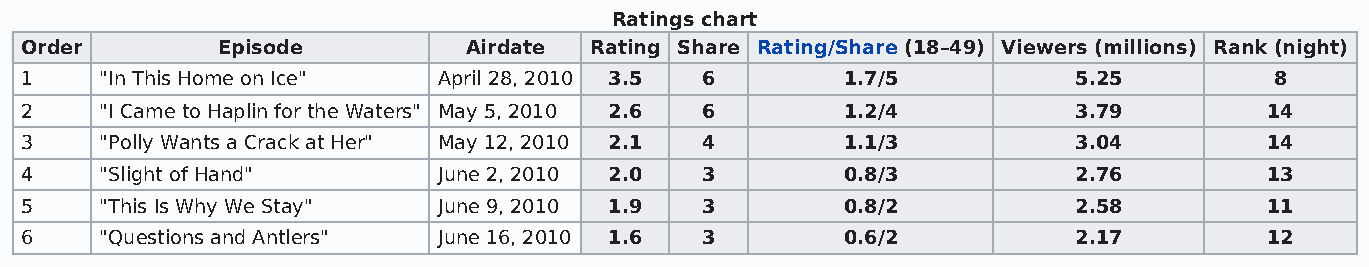
Ratings chart
 Order        Episode          Airdate Rating Share Rating/Share (18–49) Viewers (millions) Rank (night)
 1     "In This Home on Ice" April 28, 2010 3.5 6       1.7/5          5.25         8
 2     "I Came to Haplin for the Waters" May 5, 2010 2.6 6 1.2/4       3.79         14
 3     "Polly Wants a Crack at Her" May 12, 2010 2.1 4  1.1/3          3.04         14
 4     "Slight of Hand"      June 2, 2010 2.0 3         0.8/3          2.76         13
 5     "This Is Why We Stay" June 9, 2010 1.9 3         0.8/2          2.58         11
 6     "Questions and Antlers" June 16, 2010 1.6 3      0.6/2          2.17         12